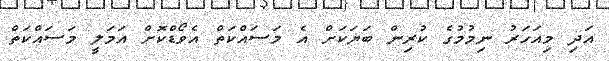
އަދި މިއަހަރު ނިމުމުގެ ކުރިން ބަޔަކަށް އެ މަސައްކަތް އެވޯޑްކޮށް އަމަލީ މަސައްކަތް